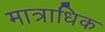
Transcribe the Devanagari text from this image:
मात्राधिक